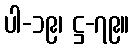
ပါ-၁၉၊ ဋ္ဌ-၇၉။